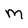
Character: m